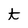
Character: t